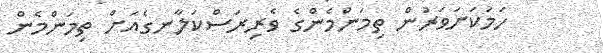
ހަމަކަށަވަރުން ތިމަންމެންގެ ވެރިރަސްކަލާނގެއަށް ތިމަންމެން